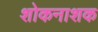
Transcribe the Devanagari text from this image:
शोकनाशक